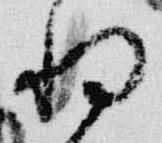
将